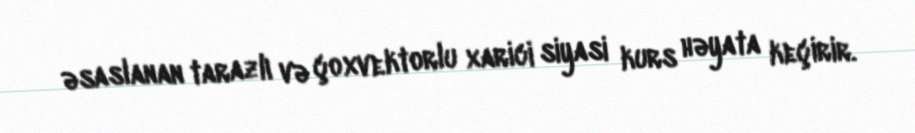
əsaslanan tarazlı və çoxvektorlu xarici siyasi kurs həyata keçirir.